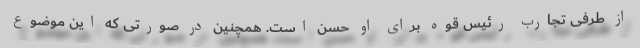
از طرفی تجارب رئیس قوه برای او حسن است. همچنین در صورتی که این موضوع